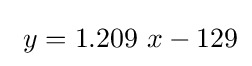
\ y=1.209\ x-129